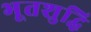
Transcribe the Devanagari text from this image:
भूतशुद्धि